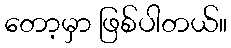
တော့မှာ ဖြစ်ပါတယ်။